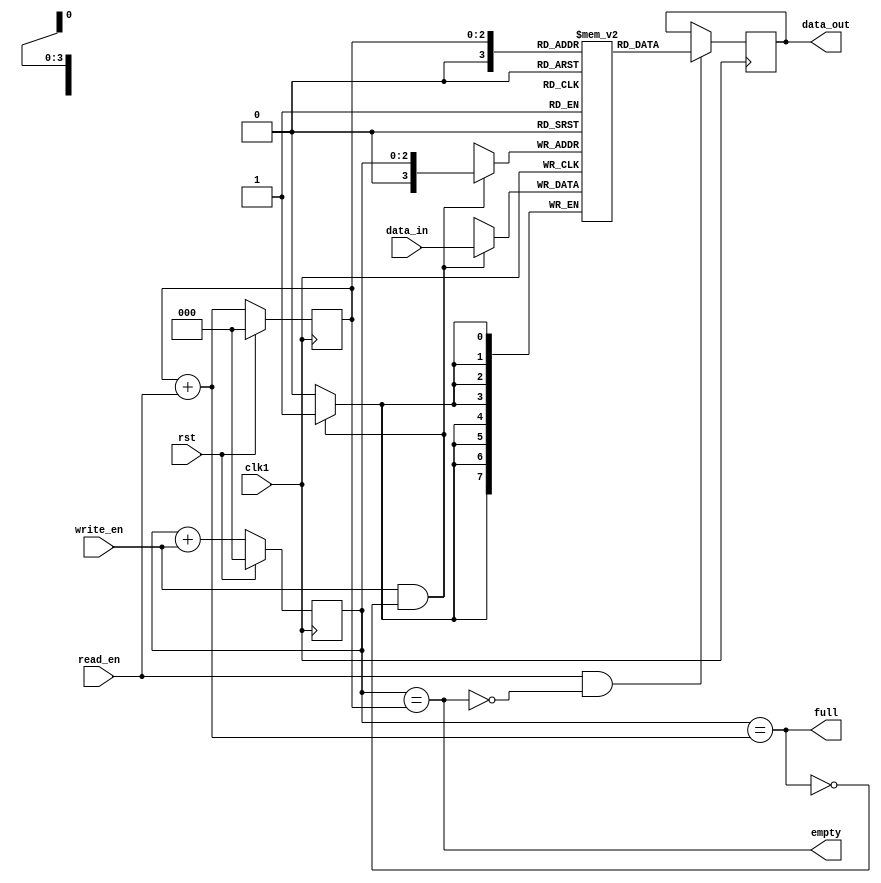
module LastWordFallThroughFIFO (
    input wire clk1,
    input wire rst,
    input wire [DATA_WIDTH-1:0] data_in,
    input wire write_en,
    output reg [DATA_WIDTH-1:0] data_out,
    input wire read_en,
    output wire empty,
    output wire full
);

parameter DEPTH = 16; // Depth of the FIFO buffer
parameter DATA_WIDTH = 8; // Width of the data bus

reg [DATA_WIDTH-1:0] buffer [0:DEPTH-1];
reg [2:0] write_ptr = 0;
reg [2:0] read_ptr = 0;
reg [2:0] next_write_ptr;
reg [2:0] next_read_ptr;

// Empty and full flags
assign empty = (write_ptr == read_ptr);
assign full = (write_ptr == next_read_ptr);

always @(posedge clk1) begin
    if (rst) begin
        write_ptr <= 0;
        read_ptr <= 0;
    end else begin
        write_ptr <= next_write_ptr;
        read_ptr <= next_read_ptr;
    end
end

always @(*) begin
    next_write_ptr = write_ptr + write_en;
    next_read_ptr = read_ptr + read_en;
end

// Write data to the FIFO buffer
always @(posedge clk1) begin
    if (write_en && !full) begin
        buffer[write_ptr] <= data_in;
    end
end

// Read data from the FIFO buffer
always @(posedge clk1) begin
    if (read_en && !empty) begin
        data_out <= buffer[read_ptr];
    end
end

endmodule